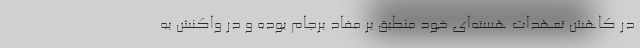
در کاهش تعهدات هسته‌ای خود منطبق بر مفاد برجام بوده و در واکنش به